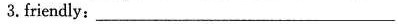
3.friendly：___